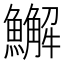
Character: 䲒